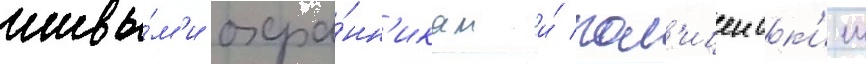
живы́м'и охра́нн'икам и́ пол'ицеиск'им